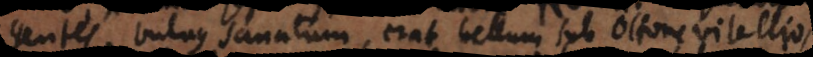
gentes. Vulnus sanatum, erat bellum sub Othone, Vitellio,